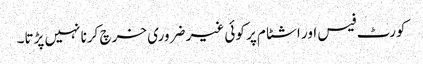
کورٹ فیس اور اشٹام پر کوئی غیر ضروری خرچ کرنا نہیں پڑتا۔